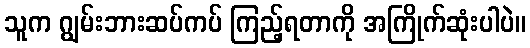
သူက ဂျွမ်းဘားဆပ်ကပ် ကြည့်ရတာကို အကြိုက်ဆုံးပါပဲ။